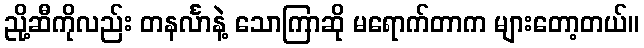
ညို့ဆီကိုလည်း တနင်္လာနဲ့ သောကြာဆို မရောက်တာက များတော့တယ်။